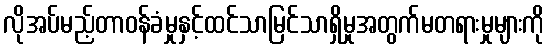
လိုအပ်မည့်တာဝန်ခံမှုနှင့်ထင်သာမြင်သာရှိမှုအတွက်မတရားမှုများကို